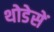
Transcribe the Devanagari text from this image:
थोडेसें